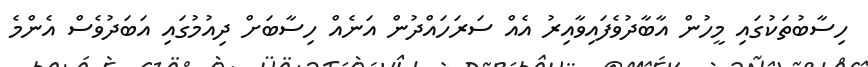
ހިސާބުތަކުގައި މީހުން އާބާދުވެފައިވާއިރު އެއް ސަރަހައްދުން އަނެއް ހިސާބަށް ދިއުމުގައި އަބަދުވެސް އެންމެ